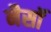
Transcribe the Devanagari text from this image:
नैसॉ